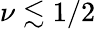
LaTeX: \nu\lesssim 1/2